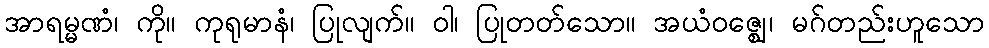
အာရမ္မဏံ၊ ကို။ ကုရုမာနံ၊ ပြုလျက်။ ဝါ၊ ပြုတတ်သော။ အယံဝဇ္ဈေ၊ မဂ်တည်းဟူသော